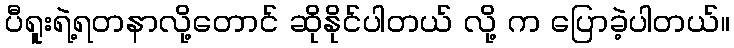
ပီရူးရဲ့ရတနာလို့တောင် ဆိုနိုင်ပါတယ် လို့ က ပြောခဲ့ပါတယ်။